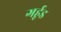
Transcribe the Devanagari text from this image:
गर्हूड